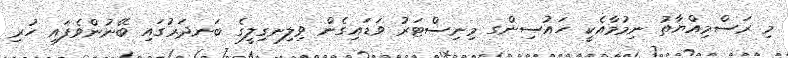
މި ރަސްމިއްޔާތު ނިމުމާއެކީ ހައުސިންގ މިނިސްޓަރު ވަޑައިގެން ވިލިނގިލީގެ ބަނދަރުގައި ބޭނުންވެފައި ހުރި